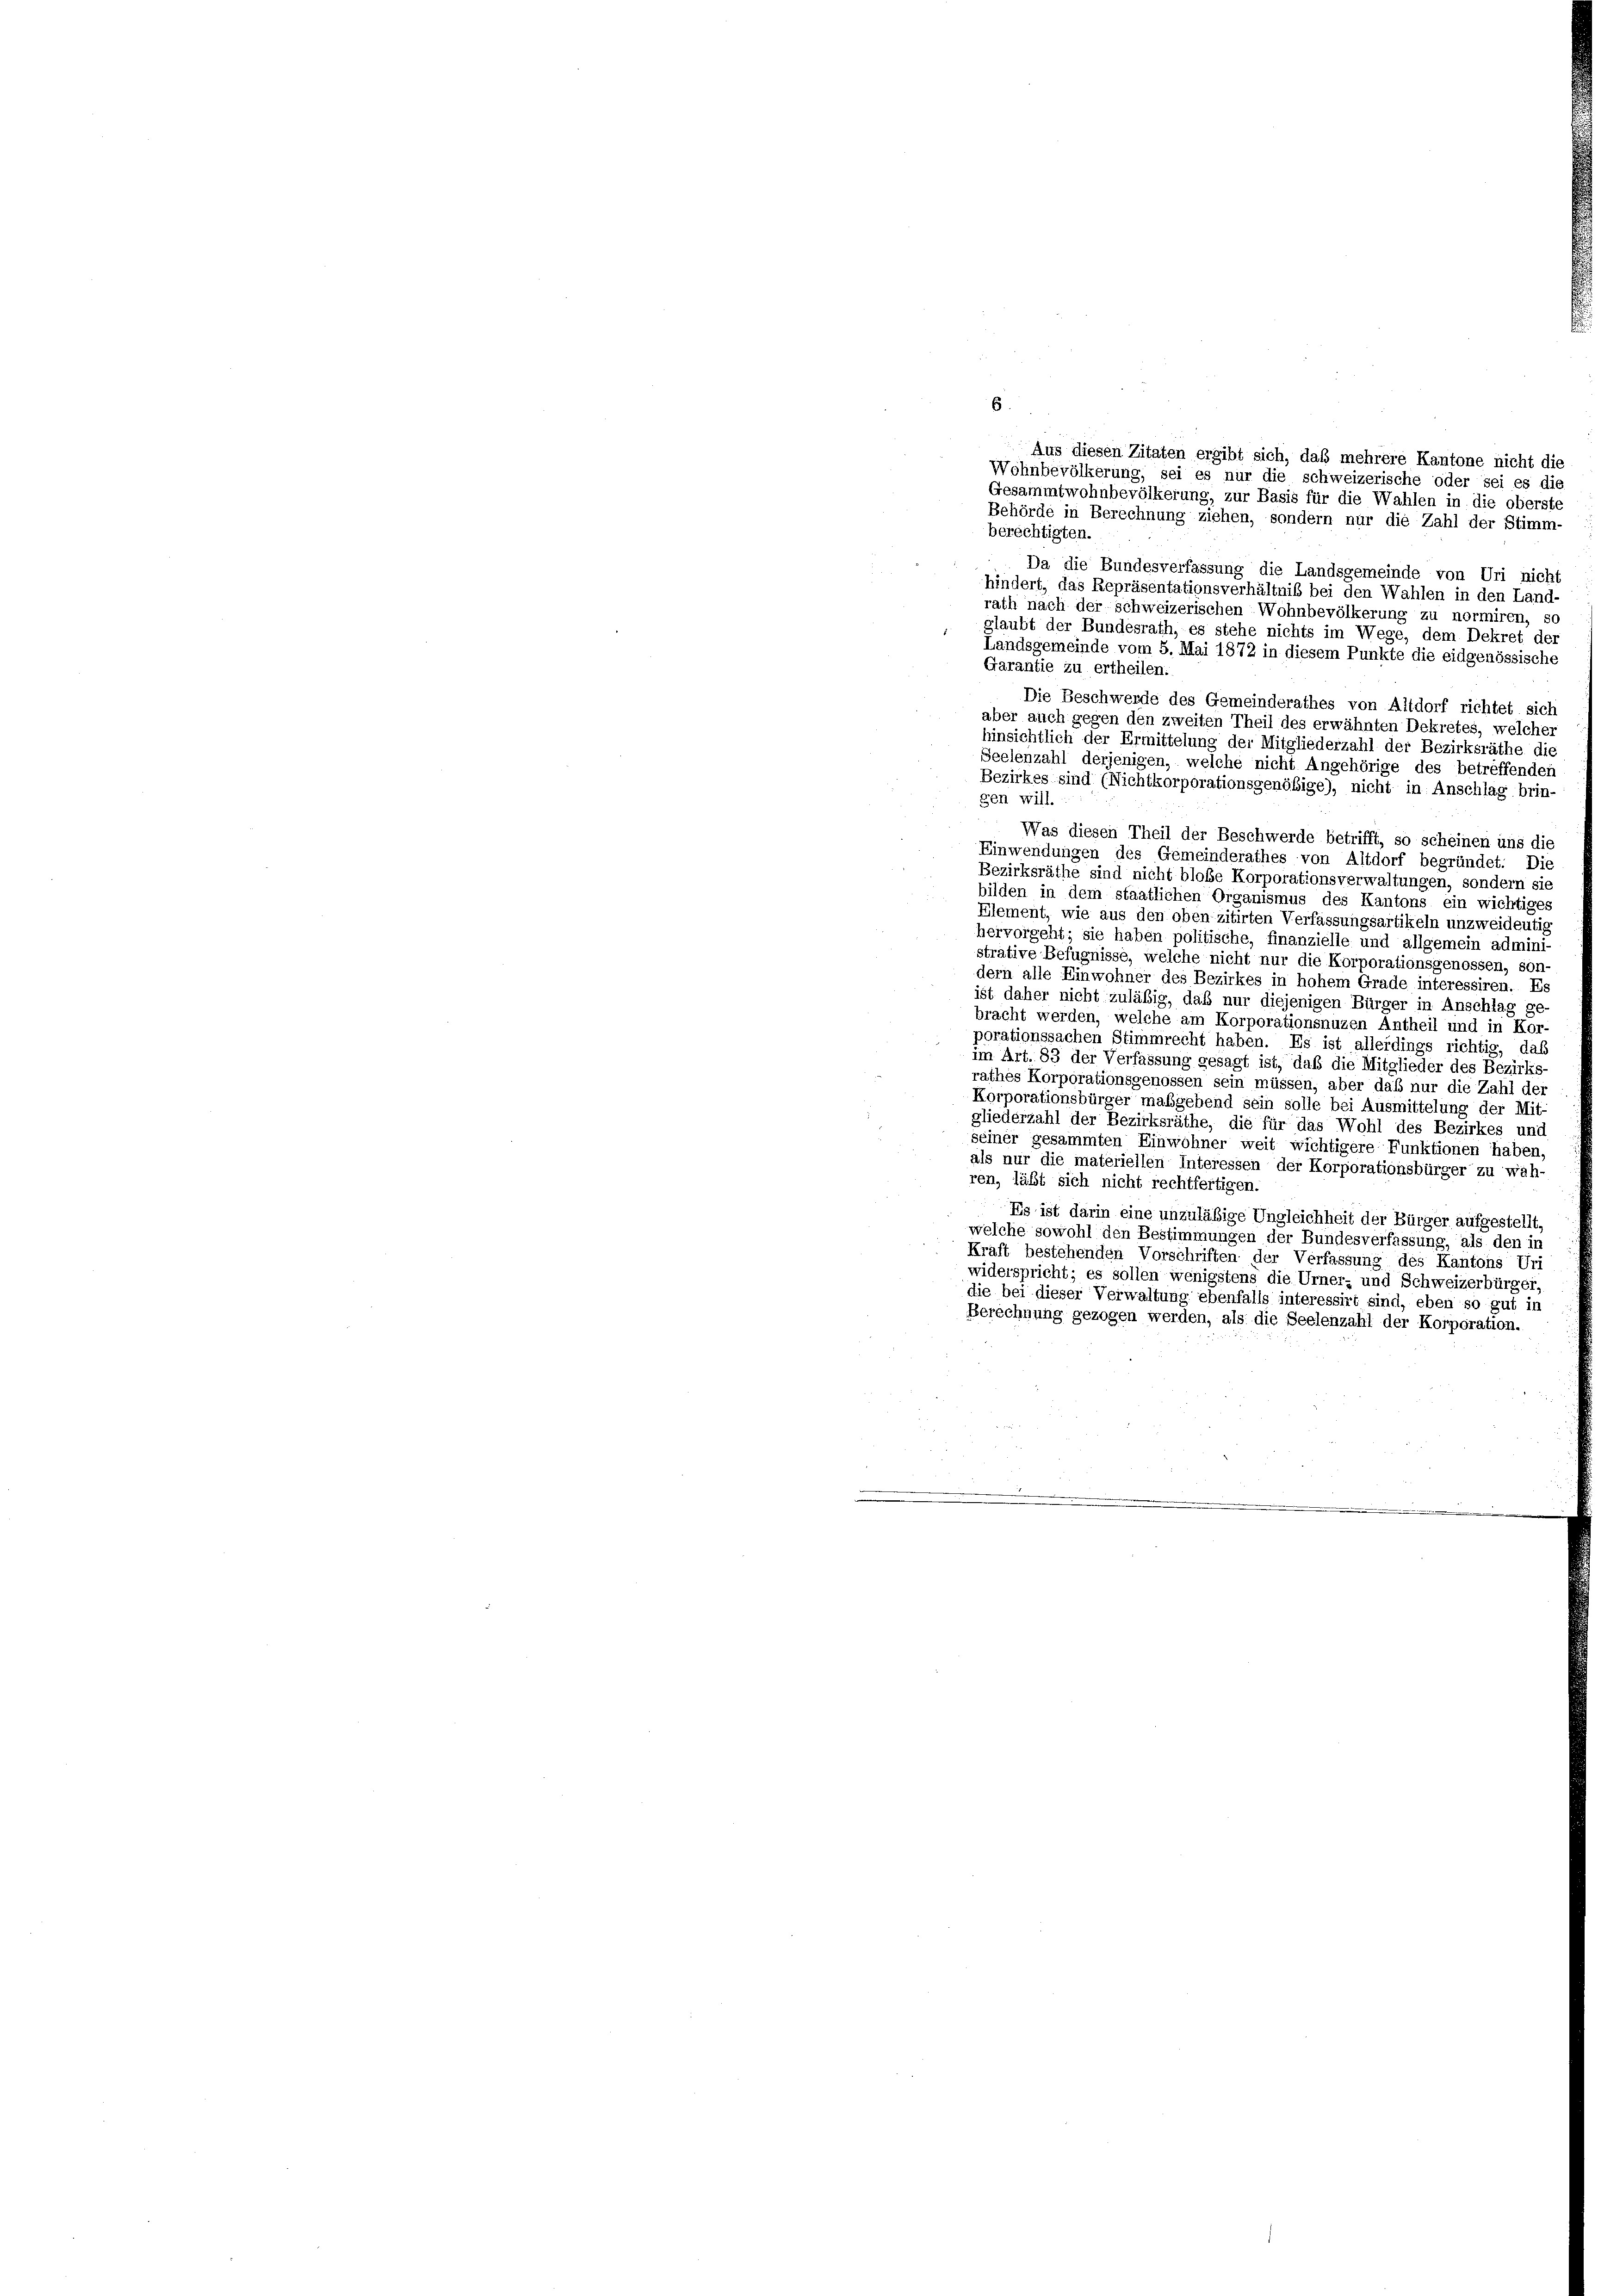
6
Aus diesen Zitaten ergibt sich, daß mehrere Kantone nicht die
Wohnbevölkerung, sei es nur die schweizerische oder sei es die
Gesammtwohnbevölkerung, zur Basis für die Wahlen in die oberste
Behörde in Berechnung ziehen, sondern nur die Zahl der Stimm-
berechtigten.
Da die Bundesverfassung die Landsgemeinde von Uri nicht
hindert, das Repräsentationsverhältnis bei den Wahlen in den Land-
rath nach der schweizerischen Wohnbevölkerung zu normiren, so
glaubt der Bundesrath, es stehe nichts im Wege, dem Dekret der
Landsgemeinde vom 5. Mai 1872 in diesem Punkte die eidgenössische
Garantie zu ertheilen.
Die Beschwerde des Gemeinderathes von Altdorf richtet sich
aber auch gegen den zweiten Theil des erwähnten Dekretes, welcher
hinsichtlich der Ermittelung der Mitgliederzahl der Bezirksräthe die
Seelenzahl derjenigen, welche nicht Angehörige des betreffenden
Bezirkes sind (Nichtkorporationsgenößige), nicht in Anschlag brin-
gen will.
Was diesen Theil der Beschwerde betrifft, so scheinen uns die
Einwendungen des Gemeinderathes von Altdorf begründet. Die
Bezirksräthe sind nicht bloße Korporationsverwaltungen, sondern sie
bilden in dem staatlichen Organismus des Kantons ein wichtiges
Element, wie aus den oben zitirten Verfassungsartikeln unzweideutig
hervorgeht; sie haben politische, finanzielle und allgemein admini
strative Befugnisse, welche nicht nur die Korporationsgenossen, son-
dern alle Einwohner des Bezirkes in hohem Grade interessiren. Es
ist daher nicht zuläßig, daß nur diejenigen Bürger in Anschlag ge
bracht werden, welche am Korporationsnuzen Antheil und in Kor-
porationssachen Stimmrecht haben. Es ist allerdings richtig, das
im Art. 83 der Verfassung gesagt ist, daß die Mitglieder des Bezirks-
rathes Korporationsgenossen sein müssen, aber das nur die Zahl der
Korporationsbürger maßgebend sein solle bei Ausmittelung der Mit-
gliederzahl der Bezirksräthe, die für das Wohl des Bezirkes und
seiner gesammten Einwohner weit wichtigere Funktionen haben,
als nur die materiellen Interessen der Korporationsbürger zu wäh-
ren, läßt sich nicht rechtfertigen.
Es ist darin eine unzuläßige Ungleichheit der Bürger aufgestellt,
welche sowohl den Bestimmungen der Bundesverfassung, als den in
Kraft bestehenden Vorschriften der Verfassung des Kantons Uri
widerspricht; es sollen wenigstens die Urner- und Schweizerbürger,
die bei dieser Verwaltung ebenfalls interessirt sind, eben so gut in
Berechnung gezogen werden, als die Seelenzahl der Korporation.